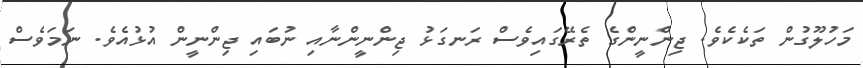
މަހުލޫގުން ތަކެކެވެ. ޖިންނީންގެ ތެރޭގައިވެސް ރަނގަޅު ޖިންނީންނާއި ނުބައި ޖިންނީން އުޅުއެވެ. ނަމަވެސް